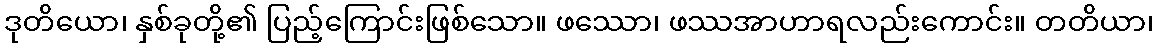
ဒုတိယော၊ နှစ်ခုတို့၏ ပြည့်ကြောင်းဖြစ်သော။ ဖဿော၊ ဖဿအာဟာရလည်းကောင်း။ တတိယာ၊